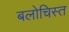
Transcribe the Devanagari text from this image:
बलोचिस्त